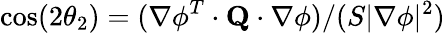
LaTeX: \cos(2\theta_{2})=(\mathbf{\nabla\phi}^{T}\cdot\mathbf{Q}\cdot\mathbf{\nabla\phi})/(S|\nabla\phi|^{2})